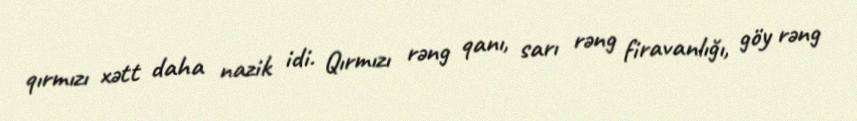
qırmızı xətt daha nazik idi. Qırmızı rəng qanı, sarı rəng firavanlığı, göy rəng